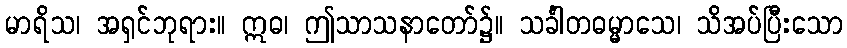
မာရိသ၊ အရှင်ဘုရား။ ဣဓ၊ ဤသာသနာတော်၌။ သင်္ခါတဓမ္မာသေ၊ သိအပ်ပြီးသော